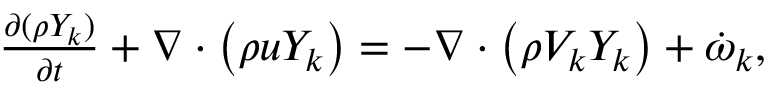
\begin{array} { r } { \frac { \partial ( \rho Y _ { k } ) } { \partial t } + \boldsymbol { \nabla } \cdot \left( \rho \boldsymbol { u } Y _ { k } \right) = - \boldsymbol { \nabla } \cdot \left( \rho \boldsymbol { V _ { k } } Y _ { k } \right) + \dot { \omega } _ { k } , } \end{array}